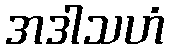
အဒါသဟံ